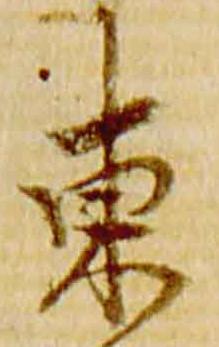
東